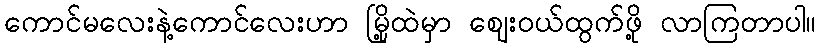
ကောင်မလေးနဲ့ကောင်လေးဟာ မြို့ထဲမှာ ဈေးဝယ်ထွက်ဖို့ လာကြတာပါ။